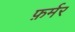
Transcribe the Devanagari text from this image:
फ़र्मर